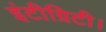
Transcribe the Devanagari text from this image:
इंटीग्रिटी।